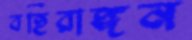
বহিরাঙ্গন